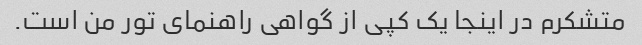
متشکرم در اینجا یک کپی از گواهی راهنمای تور من است.